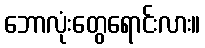
ဘောလုံးတွေရောင်းလား။